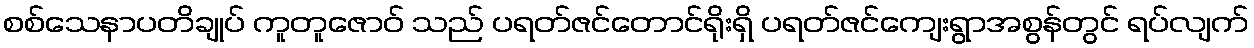
စစ်သေနာပတိချုပ် ကူတူဇောဝ် သည် ပရတ်ဇင်တောင်ရိုးရှိ ပရတ်ဇင်ကျေးရွာအစွန်တွင် ရပ်လျက်